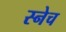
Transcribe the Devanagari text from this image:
स्नेच